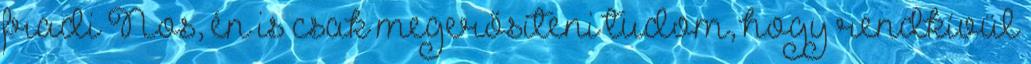
fradi Nos, én is csak megerősíteni tudom, hogy rendkívül